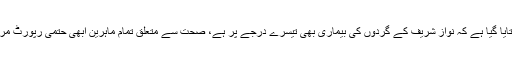
رپورٹس میں بتایا گیا ہے کہ نواز شریف کے گردوں کی بیماری بھی تیسرے درجے پر ہے، صحت سے متعلق تمام ماہرین ابھی حتمی رپورٹ مرتب کریں گے۔